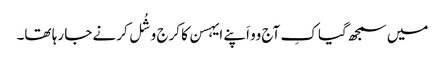
میں سمجھ گیا کِ آج وو اَپنے ایہسن کا کرج وشُل کرنے جا رہا تھا۔